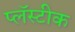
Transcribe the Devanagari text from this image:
प्लॅस्टीक